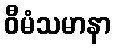
ဝီမံသမာနာ